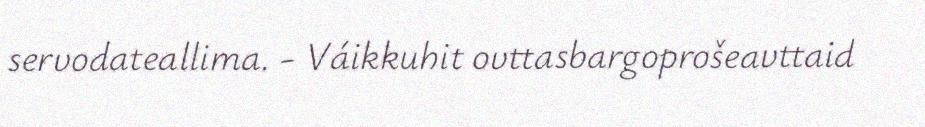
servodateallima. - Váikkuhit ovttasbargoprošeavttaid